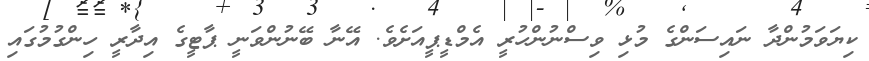
ކިޔަވަމުންދާ ނައިސަންގެ މުޅި ވިސްނުންހުރީ އެމްޑީޕީއަށެވެ. އޭނާ ބޭނުންވަނީ ޕާޓީގެ އިދާރީ ހިންގުމުގައި